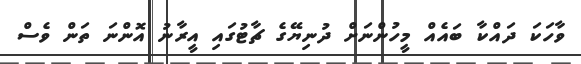
ވާހަކަ ދައްކާ ބައެއް މީހުންނަށް ދުނިޔޭގެ ޗާޓުގައި އީރާނު އޮންނަ ތަން ވެސް